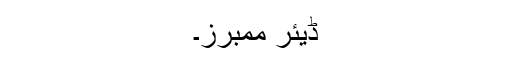
ڈیئر ممبرز۔